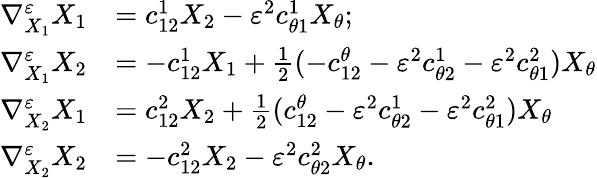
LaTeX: \begin{array}{rl}{\nabla_{X_{1}}^{\varepsilon}X_{1}}&{=c_{12}^{1}X_{2}-\varepsilon^{2}c_{\theta 1}^{1}X_{\theta};}\\ {\nabla_{X_{1}}^{\varepsilon}X_{2}}&{=-c_{12}^{1}X_{1}+\frac{1}{2}(-c_{12}^{\theta}-\varepsilon^{2}c_{\theta 2}^{1}-\varepsilon^{2}c_{\theta 1}^{2})X_{\theta}}\\ {\nabla_{X_{2}}^{\varepsilon}X_{1}}&{=c_{12}^{2}X_{2}+\frac{1}{2}(c_{12}^{\theta}-\varepsilon^{2}c_{\theta 2}^{1}-\varepsilon^{2}c_{\theta 1}^{2})X_{\theta}}\\ {\nabla_{X_{2}}^{\varepsilon}X_{2}}&{=-c_{12}^{2}X_{2}-\varepsilon^{2}c_{\theta 2}^{2}X_{\theta}.}\end{array}